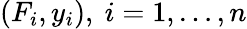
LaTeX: (F_{i},y_{i}),\ i=1,\dots,n